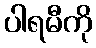
ပါရမီကို